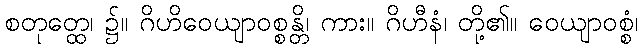
စတုတ္ထေ၊ ၌။ ဂိဟိဝေယျာဝစ္စန္တိ၊ ကား။ ဂိဟီနံ၊ တို့၏။ ဝေယျာဝစ္စံ၊